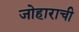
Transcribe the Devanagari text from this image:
जोहाराची